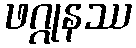
ဖဂ္ဂုနဿ